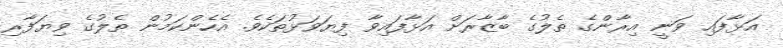
އަޅާފައި ވަނީ އިރާންގެ ތެލުގެ ބާޒާރަށް އަޅާފައިވާ ފިޔަވަޅުތަކެވެ. އެހެންކަމުން ތެލުގެ ވިޔަފާރި